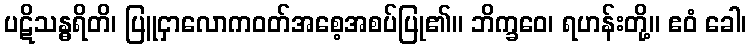
ပဋိသန္ဓရိတိ၊ ပြူငှာလောကဝတ်အစေ့အစပ်ပြု၏။ ဘိက္ခဝေ၊ ရဟန်းတို့။ ဧဝံ ခေါ၊